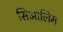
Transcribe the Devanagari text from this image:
सिओलिम